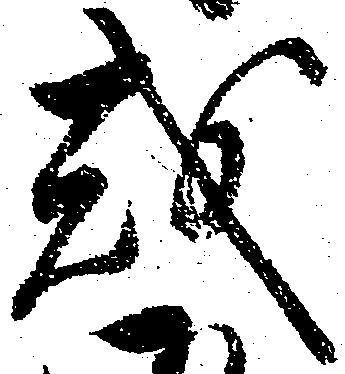
或